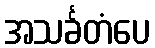
အသင်္ခတံပေ